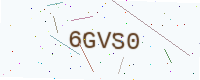
Text: 6GVS0